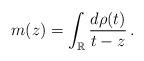
LaTeX: \begin{align*} m(z)=\int_{\mathbb{R}} \frac{d\rho(t)}{t-z}\,.\end{align*}